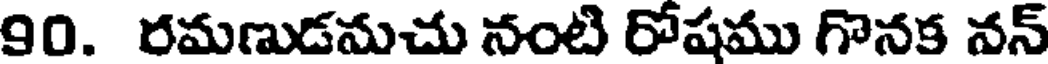
90. రమణుడమచు నంటి రోషము గొనక వన్